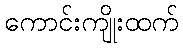
ကောင်းကျိုးထက်